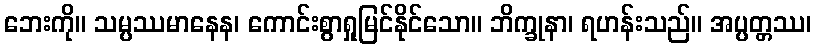
ဘေးကို။ သမ္ပဿမာနေန၊ ကောင်းစွာရှုမြင်နိုင်သော။ ဘိက္ခုနာ၊ ရဟန်းသည်။ အပ္ပတ္တဿ၊